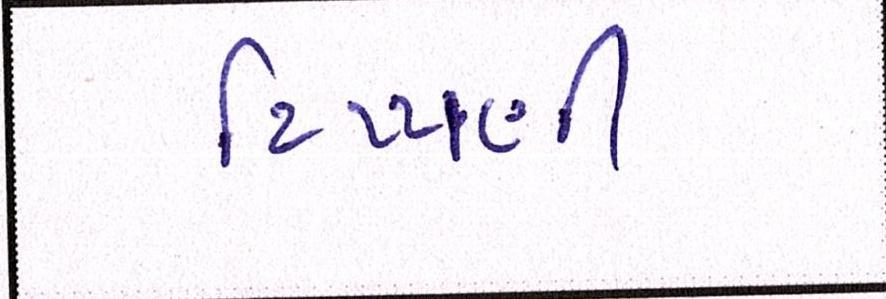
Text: ટિપ્પણી